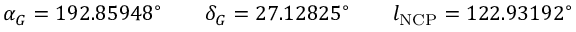
\alpha _ { G } = 1 9 2 . 8 5 9 4 8 ^ { \circ } \qquad \delta _ { G } = 2 7 . 1 2 8 2 5 ^ { \circ } \qquad l _ { \mathrm { N C P } } = 1 2 2 . 9 3 1 9 2 ^ { \circ }